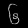
Digit: ၆